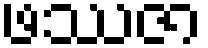
ဖဿဇာ